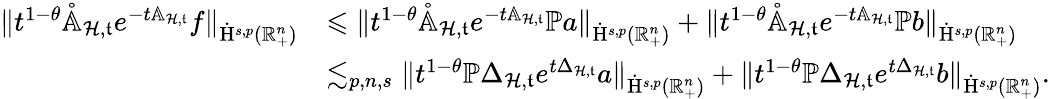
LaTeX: \begin{array}{rl}{\lVert t^{1-\theta}\mathring{\mathbb{A}}_{\mathcal{H},\mathfrak{t}}e^{-t{\mathbb{A}}_{\mathcal{H},\mathfrak{t}}}f\rVert_{\dot{\mathrm{H}}^{s,p}(\mathbb{R}_{+}^{n})}}&{\leqslant\lVert t^{1-\theta}\mathring{\mathbb{A}}_{\mathcal{H},\mathfrak{t}}e^{-t{\mathbb{A}}_{\mathcal{H},\mathfrak{t}}}\mathbb{P}a\rVert_{\dot{\mathrm{H}}^{s,p}(\mathbb{R}_{+}^{n})}+\lVert t^{1-\theta}\mathring{\mathbb{A}}_{\mathcal{H},\mathfrak{t}}e^{-t{\mathbb{A}}_{\mathcal{H},\mathfrak{t}}}\mathbb{P}b\rVert_{\dot{\mathrm{H}}^{s,p}(\mathbb{R}_{+}^{n})}}\\ &{\lesssim_{p,n,s}\lVert t^{1-\theta}\mathbb{P}{\Delta}_{\mathcal{H},\mathfrak{t}}e^{t{\Delta}_{\mathcal{H},\mathfrak{t}}}a\rVert_{\dot{\mathrm{H}}^{s,p}(\mathbb{R}_{+}^{n})}+\lVert t^{1-\theta}\mathbb{P}{\Delta}_{\mathcal{H},\mathfrak{t}}e^{t{\Delta}_{\mathcal{H},\mathfrak{t}}}b\rVert_{\dot{\mathrm{H}}^{s,p}(\mathbb{R}_{+}^{n})}\mathrm{.~}}\end{array}